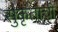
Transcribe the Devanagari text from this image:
सुकृताची